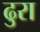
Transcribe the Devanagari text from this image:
ढुरा